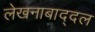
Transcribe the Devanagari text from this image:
लेखनाबाद्दल